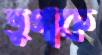
ভুগাক